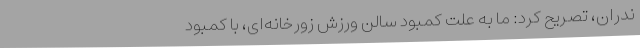
ندران، تصریح کرد: ما به‌ علت کمبود سالن ورزش زورخانه‌ای، با کمبود